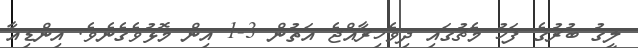
ލީގު ބުރުގެ ފަހު މެޗުގައި ދިވެހިރާއްޖެ އަތުން 3-1 އިން މޮޅުވެގެނެވެ. އިންޑިއާ